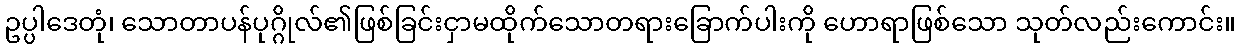
ဥပ္ပါဒေတုံ၊ သောတာပန်ပုဂ္ဂိုလ်၏ဖြစ်ခြင်းငှာမထိုက်သောတရားခြောက်ပါးကို ဟောရာဖြစ်သော သုတ်လည်းကောင်း။